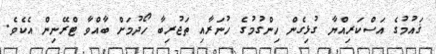
ޤައުމުގެ އަސްކަރިއްޔާ ގުޅިގެން ހިންގުމުގެ ހުނަރާއި ތަޖުރިބާ ހޯދުމަށް ބާއްވާ ޓްރޭނިން އެކެވެ.